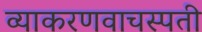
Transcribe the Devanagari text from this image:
व्याकरणवाचस्पती